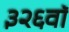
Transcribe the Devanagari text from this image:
३२६वॉ